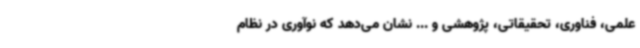
علمی، فناوری، تحقیقاتی، پژوهشی و ... نشان می‌دهد که نوآوری در نظام